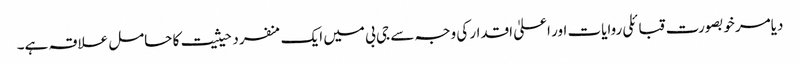
دیامر خوبصورت قبائلی روایات اور اعلیٰ اقدار کی وجہ سے جی بی میں ایک منفرد حیثیت کا حامل علاقہ ہے۔